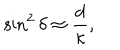
LaTeX: \sin ^ { 2 } { \delta } \approx \frac { d } { \kappa } ,